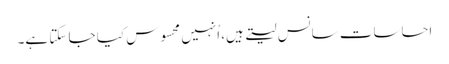
احساسات سانس لیتے ہیں، اُنہیں محسوس کیا جا سکتا ہے۔